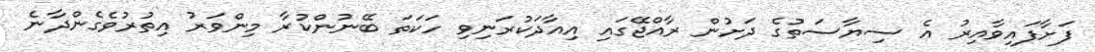
ފަށާފައިވާއިރު އެ ސިޔާސަތުގެ ދަށުން ރާއްޖޭގައި އިއާދަކުރަނިވި ހަކަތަ ބޭނުންކުރާ މިންވަރު އިތުރުވެގެންދާނެ